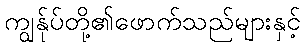
ကျွန်ုပ်တို့၏ဖောက်သည်များနှင့်